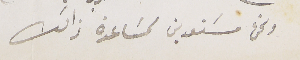
ونحن مسَتعدين لمسَاعدة ذالك